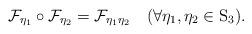
LaTeX: \begin{align*}\mathcal{F}_{\eta_{1}}\circ\mathcal{F}_{\eta_{2}}=\mathcal{F}_{\eta_{1}\eta_{2}}\quad(\forall\eta_{1},\eta_{2}\in\mathrm{S}_{3}).\end{align*}